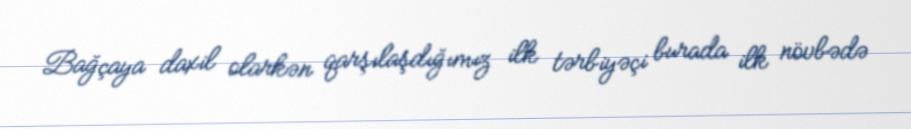
Bağçaya daxil olarkən qarşılaşdığımız ilk tərbiyəçi burada ilk növbədə